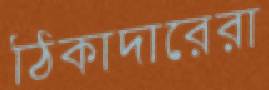
ঠিকাদারেরা